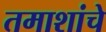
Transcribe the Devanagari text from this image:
तमाशांचे